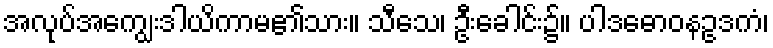
အလုပ်အကျွေးဒါယိကာမ၏သား။ သီသေ၊ ဦးခေါင်း၌။ ပါဒဓောဝနဥဒကံ၊